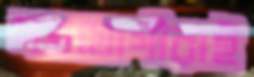
সহযোগীরাই